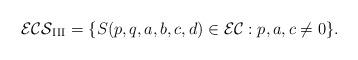
LaTeX: \begin{align*}\mathcal{ECS}_{{\rm{III}}}=\{S(p, q, a, b, c, d)\in\mathcal{EC} : p, a, c\ne0\}.\end{align*}